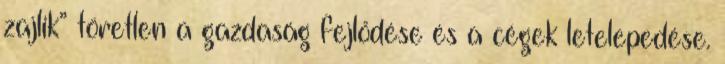
zajlik” töretlen a gazdaság fejlődése és a cégek letelepedése.